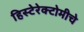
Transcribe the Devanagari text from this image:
हिस्टेरेक्टोमीचे